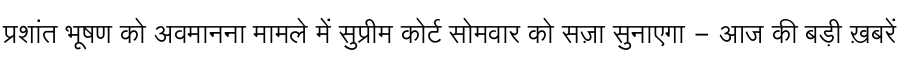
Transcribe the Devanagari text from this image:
प्रशांत भूषण को अवमानना मामले में सुप्रीम कोर्ट सोमवार को सज़ा सुनाएगा - आज की बड़ी ख़बरें